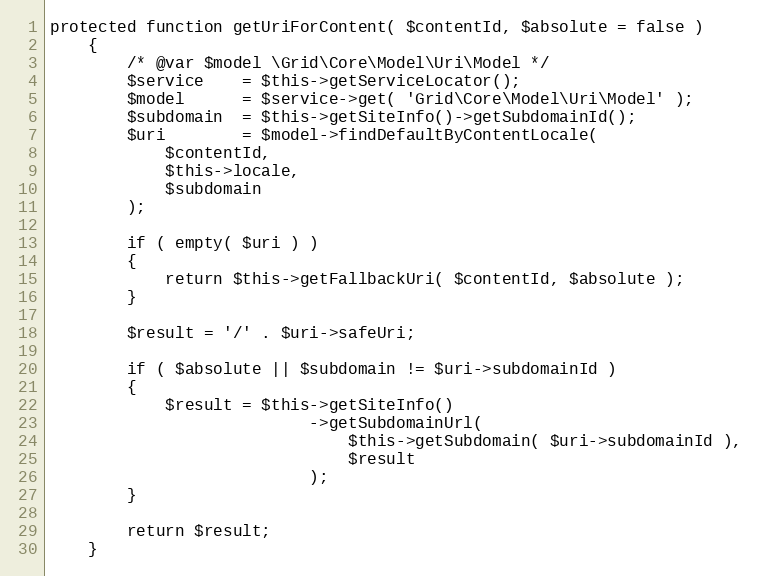
Language: PHP
protected function getUriForContent( $contentId, $absolute = false )
    {
        /* @var $model \Grid\Core\Model\Uri\Model */
        $service    = $this->getServiceLocator();
        $model      = $service->get( 'Grid\Core\Model\Uri\Model' );
        $subdomain  = $this->getSiteInfo()->getSubdomainId();
        $uri        = $model->findDefaultByContentLocale(
            $contentId,
            $this->locale,
            $subdomain
        );

        if ( empty( $uri ) )
        {
            return $this->getFallbackUri( $contentId, $absolute );
        }

        $result = '/' . $uri->safeUri;

        if ( $absolute || $subdomain != $uri->subdomainId )
        {
            $result = $this->getSiteInfo()
                           ->getSubdomainUrl(
                               $this->getSubdomain( $uri->subdomainId ),
                               $result
                           );
        }

        return $result;
    }